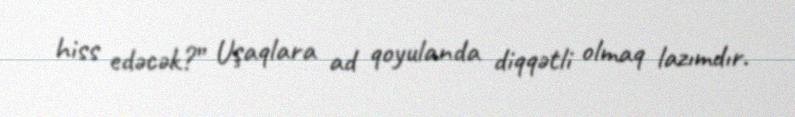
hiss edəcək?” Uşaqlara ad qoyulanda diqqətli olmaq lazımdır.